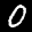
Label: 0